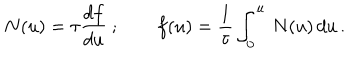
N ( u ) = \tau { \frac { d f } { d u } } \ ; \qquad f ( u ) = { \frac { 1 } { \tau } } \int _ { 0 } ^ { u } \, N ( u ) \, d u \, .